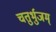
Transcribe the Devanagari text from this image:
चतुर्भुजम्